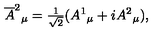
\overline { { A } } ^ { 2 } { } _ { \mu } = { \textstyle { \frac { 1 } { \sqrt { 2 } } } } ( A ^ { 1 } { } _ { \mu } + i A ^ { 2 } { } _ { \mu } ) ,